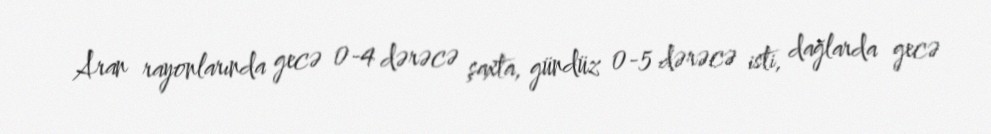
Aran rayonlarında gecə 0-4 dərəcə şaxta, gündüz 0-5 dərəcə isti, dağlarda gecə